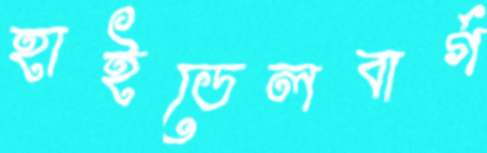
হাইডেলবার্গ